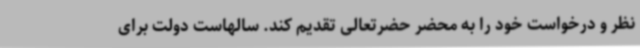
نظر و درخواست خود را به محضر حضرتعالی تقدیم کند. سالهاست دولت برای